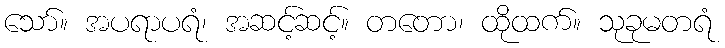
သော်။ အပရာပရံ၊ အဆင့်ဆင့်။ တတော၊ ထိုထက်။ သုခုမတရံ